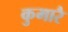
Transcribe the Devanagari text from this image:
कुमारै